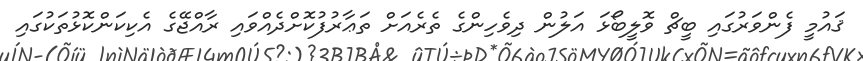
ޤައުމީ ފެންވަރުގައި ބީޗް ވޮލީބޯޅަ އަލުން ދިވެހިންގެ ތެރެއަށް ތަޢާރުފުކޮށްދެއްވައި ރާއްޖޭގެ އެކިކަންކޮޅުތަކުގައި